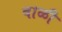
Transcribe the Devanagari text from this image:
बाळी